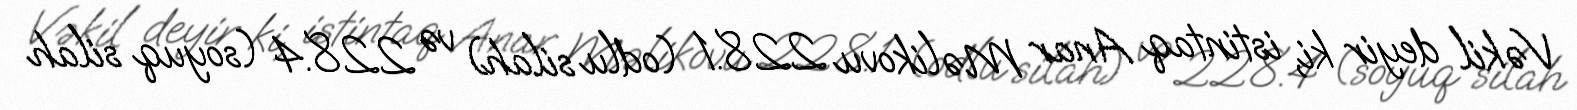
Vəkil deyir ki, istintaq Anar Məlikovu 228.1 (odlu silah) və 228.4 (soyuq silah